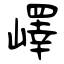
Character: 嶧